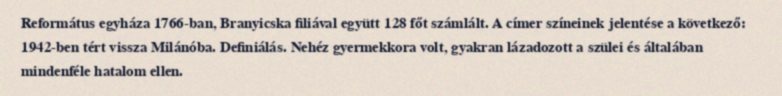
Református egyháza 1766-ban, Branyicska filiával együtt 128 főt számlált. A címer színeinek jelentése a következő: 1942-ben tért vissza Milánóba. Definiálás. Nehéz gyermekkora volt, gyakran lázadozott a szülei és általában mindenféle hatalom ellen.